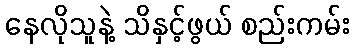
နေလိုသူနဲ့ သိနှင့်ဖွယ် စည်းကမ်း